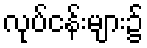
လုပ်ငန်းများ၌